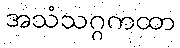
အသံသဂ္ဂကထာ